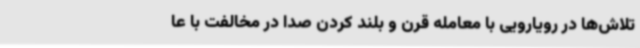
تلاش‌ها در رویارویی با معامله قرن و بلند کردن صدا در مخالفت با عا